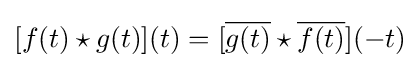
[f(t)\star g(t)](t)=[{\overline {g(t)}}\star {\overline {f(t)}}](-t)